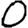
Digit: 0